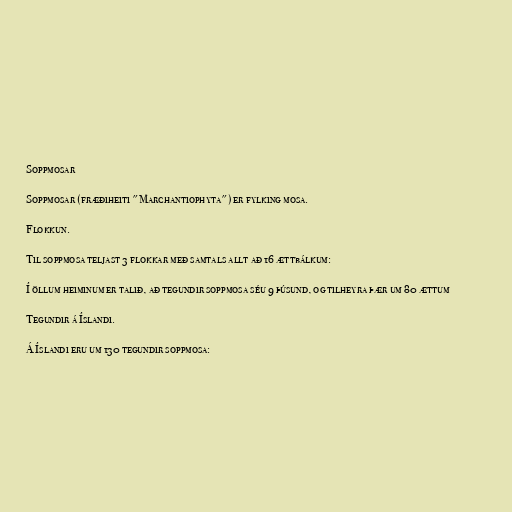
Soppmosar

Soppmosar (fræðiheiti "Marchantiophyta") er fylking mosa.

Flokkun.

Til soppmosa teljast 3 flokkar með samtals allt að 16 ættbálkum:

Í öllum heiminum er talið, að tegundir soppmosa séu 9 þúsund, og tilheyra þær um 80 ættum

Tegundir á Íslandi.

Á Íslandi eru um 130 tegundir soppmosa: